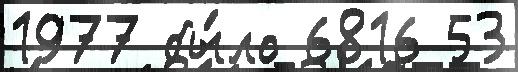
1977 бы́ло 6816 53